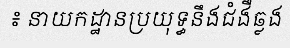
៖ នាយកដ្ឋានប្រយុទ្ធនឹងជំងឺឆ្លង